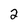
Character: 2